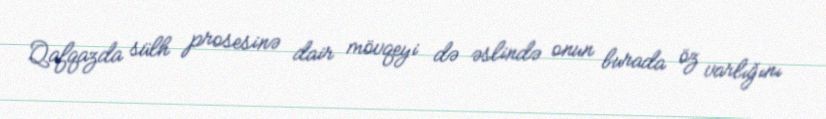
Qafqazda sülh prosesinə dair mövqeyi də əslində onun burada öz varlığını